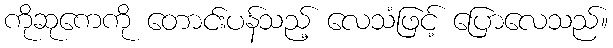
ကိုဆုကေကို တောင်းပန်သည့် လေသံဖြင့် ပြောလေသည်။